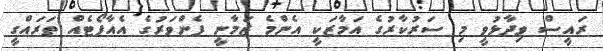
ރައީސް ވިދާޅުވީ މި ސަރުކާރުގެ އަމާޒަކީ އެންމެ ޒަމާނީ ފެންވަރުގެ އެއާޕޯޓެއް ތަރައްގީ